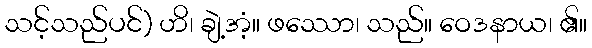
သင့်သည်ပင်) ဟိ၊ ချဲ့အံ့။ ဖဿော၊ သည်။ ဝေဒနာယ၊ ၏။